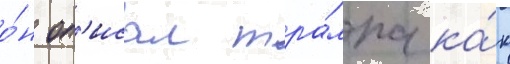
о́н оп'исал тра́мпа ка́к